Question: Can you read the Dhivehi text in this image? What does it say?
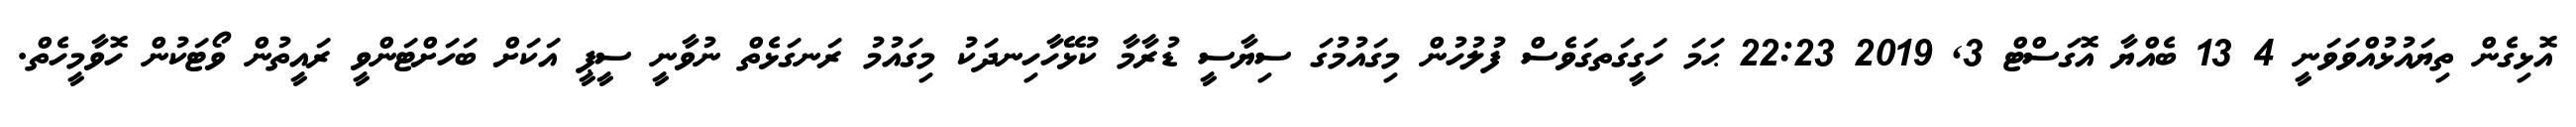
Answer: އޮޅިގެން ތިޔައުޅުއްވަވަނީ 4 13 ބެއްޔާ އޮގަސްޓް 3, 2019 22:23 ޙަމަ ހަގީގަތގަވެސް ފުލުހުން މިގައުމުގަ ސިޔާސީ ޑުރާމާ ކުޅޭހާހިނދަކު މިގައުމު ރަނގަޅެތް ނުވާނީ ސީޕީ އަކަށް ބަހަށްޓަންވީ ރައީތުން ވޯޓަކުން ހޮވާމީހެތް.